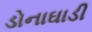
ડોનાઘાડી